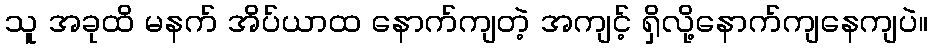
သူ အခုထိ မနက် အိပ်ယာထ နောက်ကျတဲ့ အကျင့် ရှိလို့နောက်ကျနေကျပဲ။